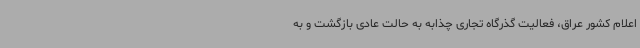
اعلام کشور عراق، فعالیت گذرگاه تجاری چذابه به حالت عادی بازگشت و به